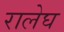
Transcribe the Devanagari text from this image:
रालेघ